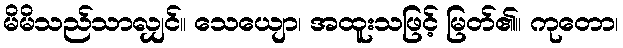
မိမိသည်သာလျှင်။ သေယျော၊ အထူးသဖြင့် မြတ်၏။ ကုတော၊